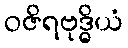
ဝဇိရဗုဒ္ဓိယံ